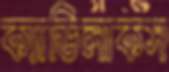
ক্যাডিলাকস